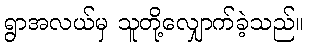
ရွာအလယ်မှ သူတို့လျှောက်ခဲ့သည်။